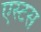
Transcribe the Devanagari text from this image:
एस्टस